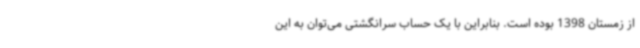
از زمستان 1398 بوده است. بنابراین با یک حساب سرانگشتی می‌توان به این